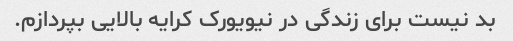
بد نیست برای زندگی در نیویورک کرایه بالایی بپردازم.